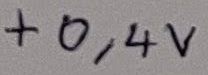
Text: +0,4V